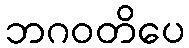
ဘဂဝတိပေ